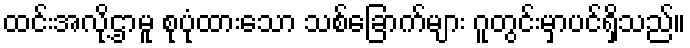
ထင်းအလို့ဌာမူ စုပုံထားသော သစ်ခြောက်များ ဂူတွင်းမှာပင်ရှိသည်။